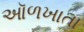
ઑળખાતા